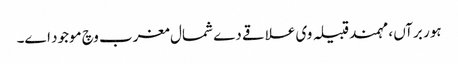
ہور برآں ، مہمند قبیلہ وی علاقے دے شمال مغرب وچ موجود ا‏‏ے۔